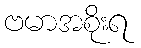
ဗမာအစိုးရ